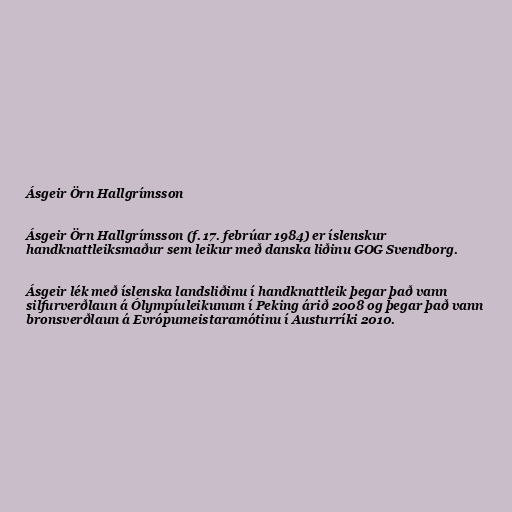
Ásgeir Örn Hallgrímsson

Ásgeir Örn Hallgrímsson (f. 17. febrúar 1984) er íslenskur
handknattleiksmaður sem leikur með danska liðinu GOG Svendborg.

Ásgeir lék með íslenska landsliðinu í handknattleik þegar það vann
silfurverðlaun á Ólympíuleikunum í Peking árið 2008 og þegar það vann
bronsverðlaun á Evrópumeistaramótinu í Austurríki 2010.